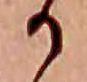
か